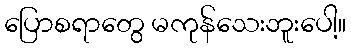
ပြောစရာတွေ မကုန်သေးဘူးပေါ့။